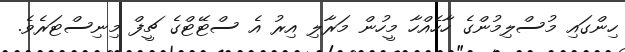
ހިންގައި މުސްލިމުންގެ ހާހެއްހާ މީހުން މަރާލި އިރު އެ ސްޓޭޓްގެ ޗީފް މިނިސްޓަރެވެ.